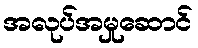
အလုပ်အမှုဆောင်